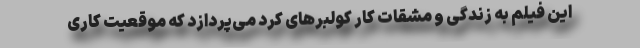
این فیلم به زندگی و مشقات کار کولبرهای کُرد می‌پردازد که موقعیت کاری